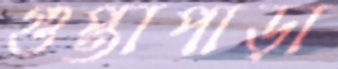
গুপ্তাপাড়া